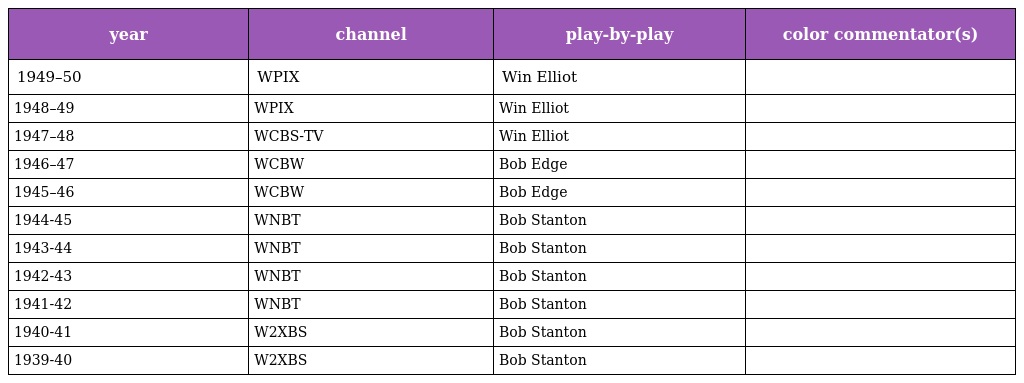
| year | channel | play-by-play | color commentator(s) |
 | --- | --- | --- | --- |
 | 1949–50 | WPIX | Win Elliot |  |
 | 1948–49 | WPIX | Win Elliot |  |
 | 1947–48 | WCBS-TV | Win Elliot |  |
 | 1946–47 | WCBW | Bob Edge |  |
 | 1945–46 | WCBW | Bob Edge |  |
 | 1944-45 | WNBT | Bob Stanton |  |
 | 1943-44 | WNBT | Bob Stanton |  |
 | 1942-43 | WNBT | Bob Stanton |  |
 | 1941-42 | WNBT | Bob Stanton |  |
 | 1940-41 | W2XBS | Bob Stanton |  |
 | 1939-40 | W2XBS | Bob Stanton |  |